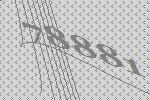
78881